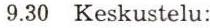
9.30 Keskustelu: